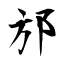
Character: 邡